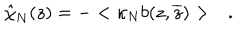
\hat { \chi } _ { N } ( z ) = - < \kappa _ { N } b ( z , \overline { { z } } ) > \quad .